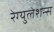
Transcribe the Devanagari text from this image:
रेग्युलेशन्स